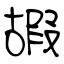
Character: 嘏